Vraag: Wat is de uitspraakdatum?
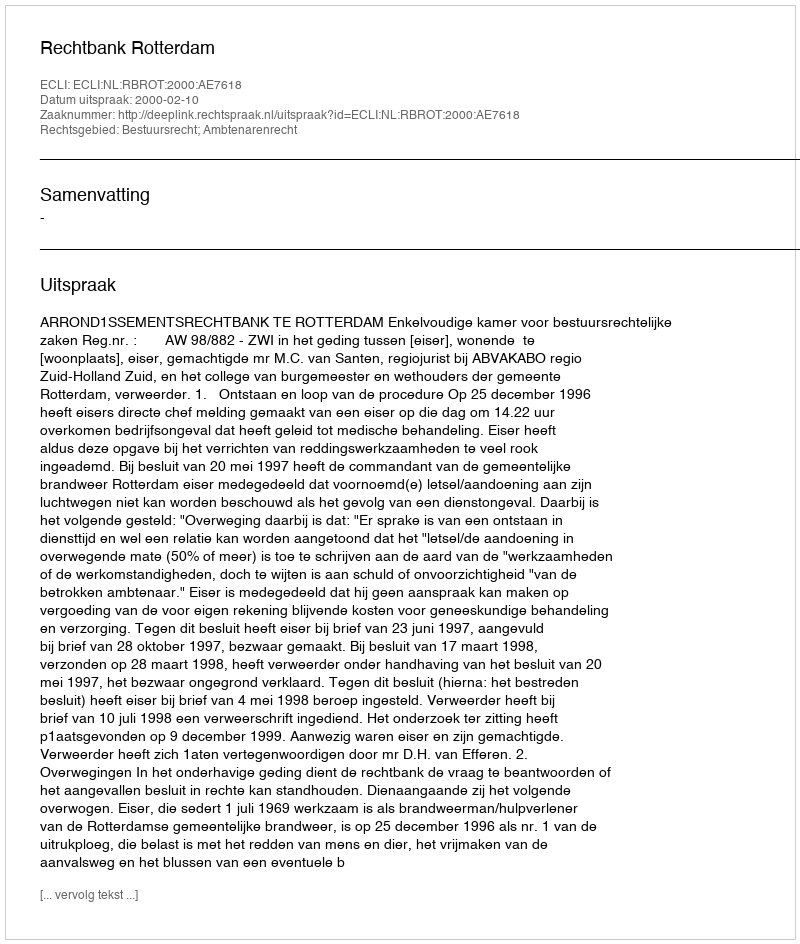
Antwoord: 2000-02-10